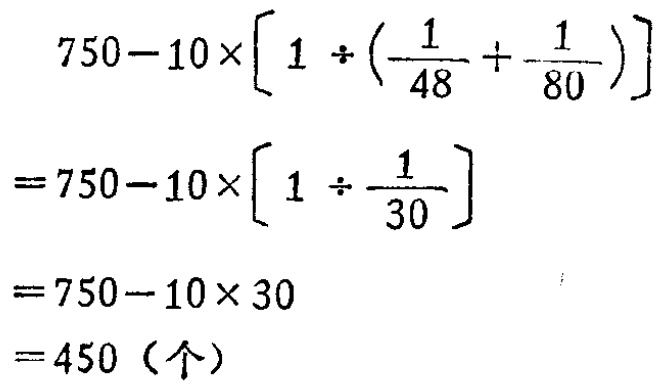
\[
\begin{align*}
&750 - 10\times\left[1\div\left(\frac{1}{48}+\frac{1}{80}\right)\right]\\
=&750 - 10\times\left[1\div\frac{1}{30}\right]\\
=&750 - 10\times30\\
=&750 - 10\times30\\
=&450（个）
\end{align*}
\]